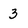
Character: 3